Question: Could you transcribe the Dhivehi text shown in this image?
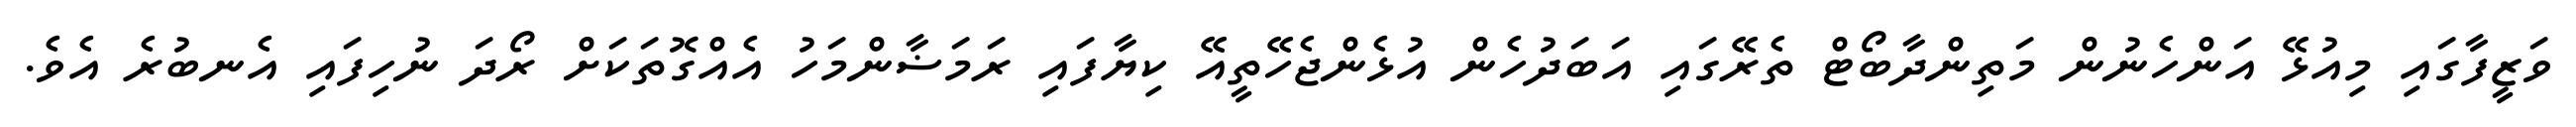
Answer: ވަޒީފާގައި މިއުޅޭ އަންހެނުން މަތިންދާބޯޓް ތެރޭގައި އަބަދުހެން އުޅެންޖެހޭތީއޭ ކިޔާފައި ރަމަޟާންމަހު އެއްގޮތަކަށް ރޯދަ ނުހިފައި އެނބުރެ އެވެ.